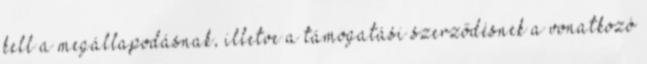
kell a megállapodásnak, illetve a támogatási szerződésnek a vonatkozó